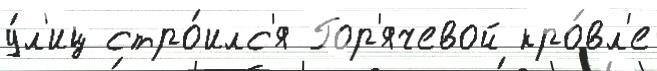
у́л'иц стро́илс'я Гор'ячевой кро́вл'е